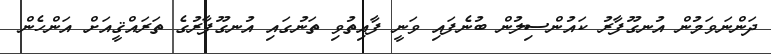
ދަންނަވަމުން އުނގޫފާރު ކައުންސިލުން ބުނެފައި ވަނީ ފާއިތުވި ތަނުގައި އުނގޫފާރުގެ ތަރައްޤީއަށް އަންހެން